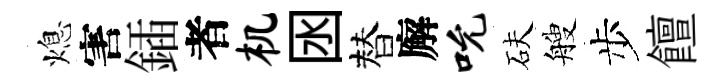
熄害鍤者机囦替廨吮砆艘步饘